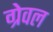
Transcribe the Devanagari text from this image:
ग्रेवल